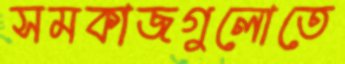
সমকাজগুলোতে